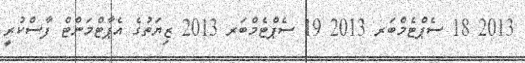
2013 18 ސެޕްޓެމްބަރ 2013 19 ސެޕްޓެމްބަރ 2013 ޒިޔަތުގެ އެޕާޓްމަންޓް ފާސްކުރީ